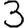
Digit: 3